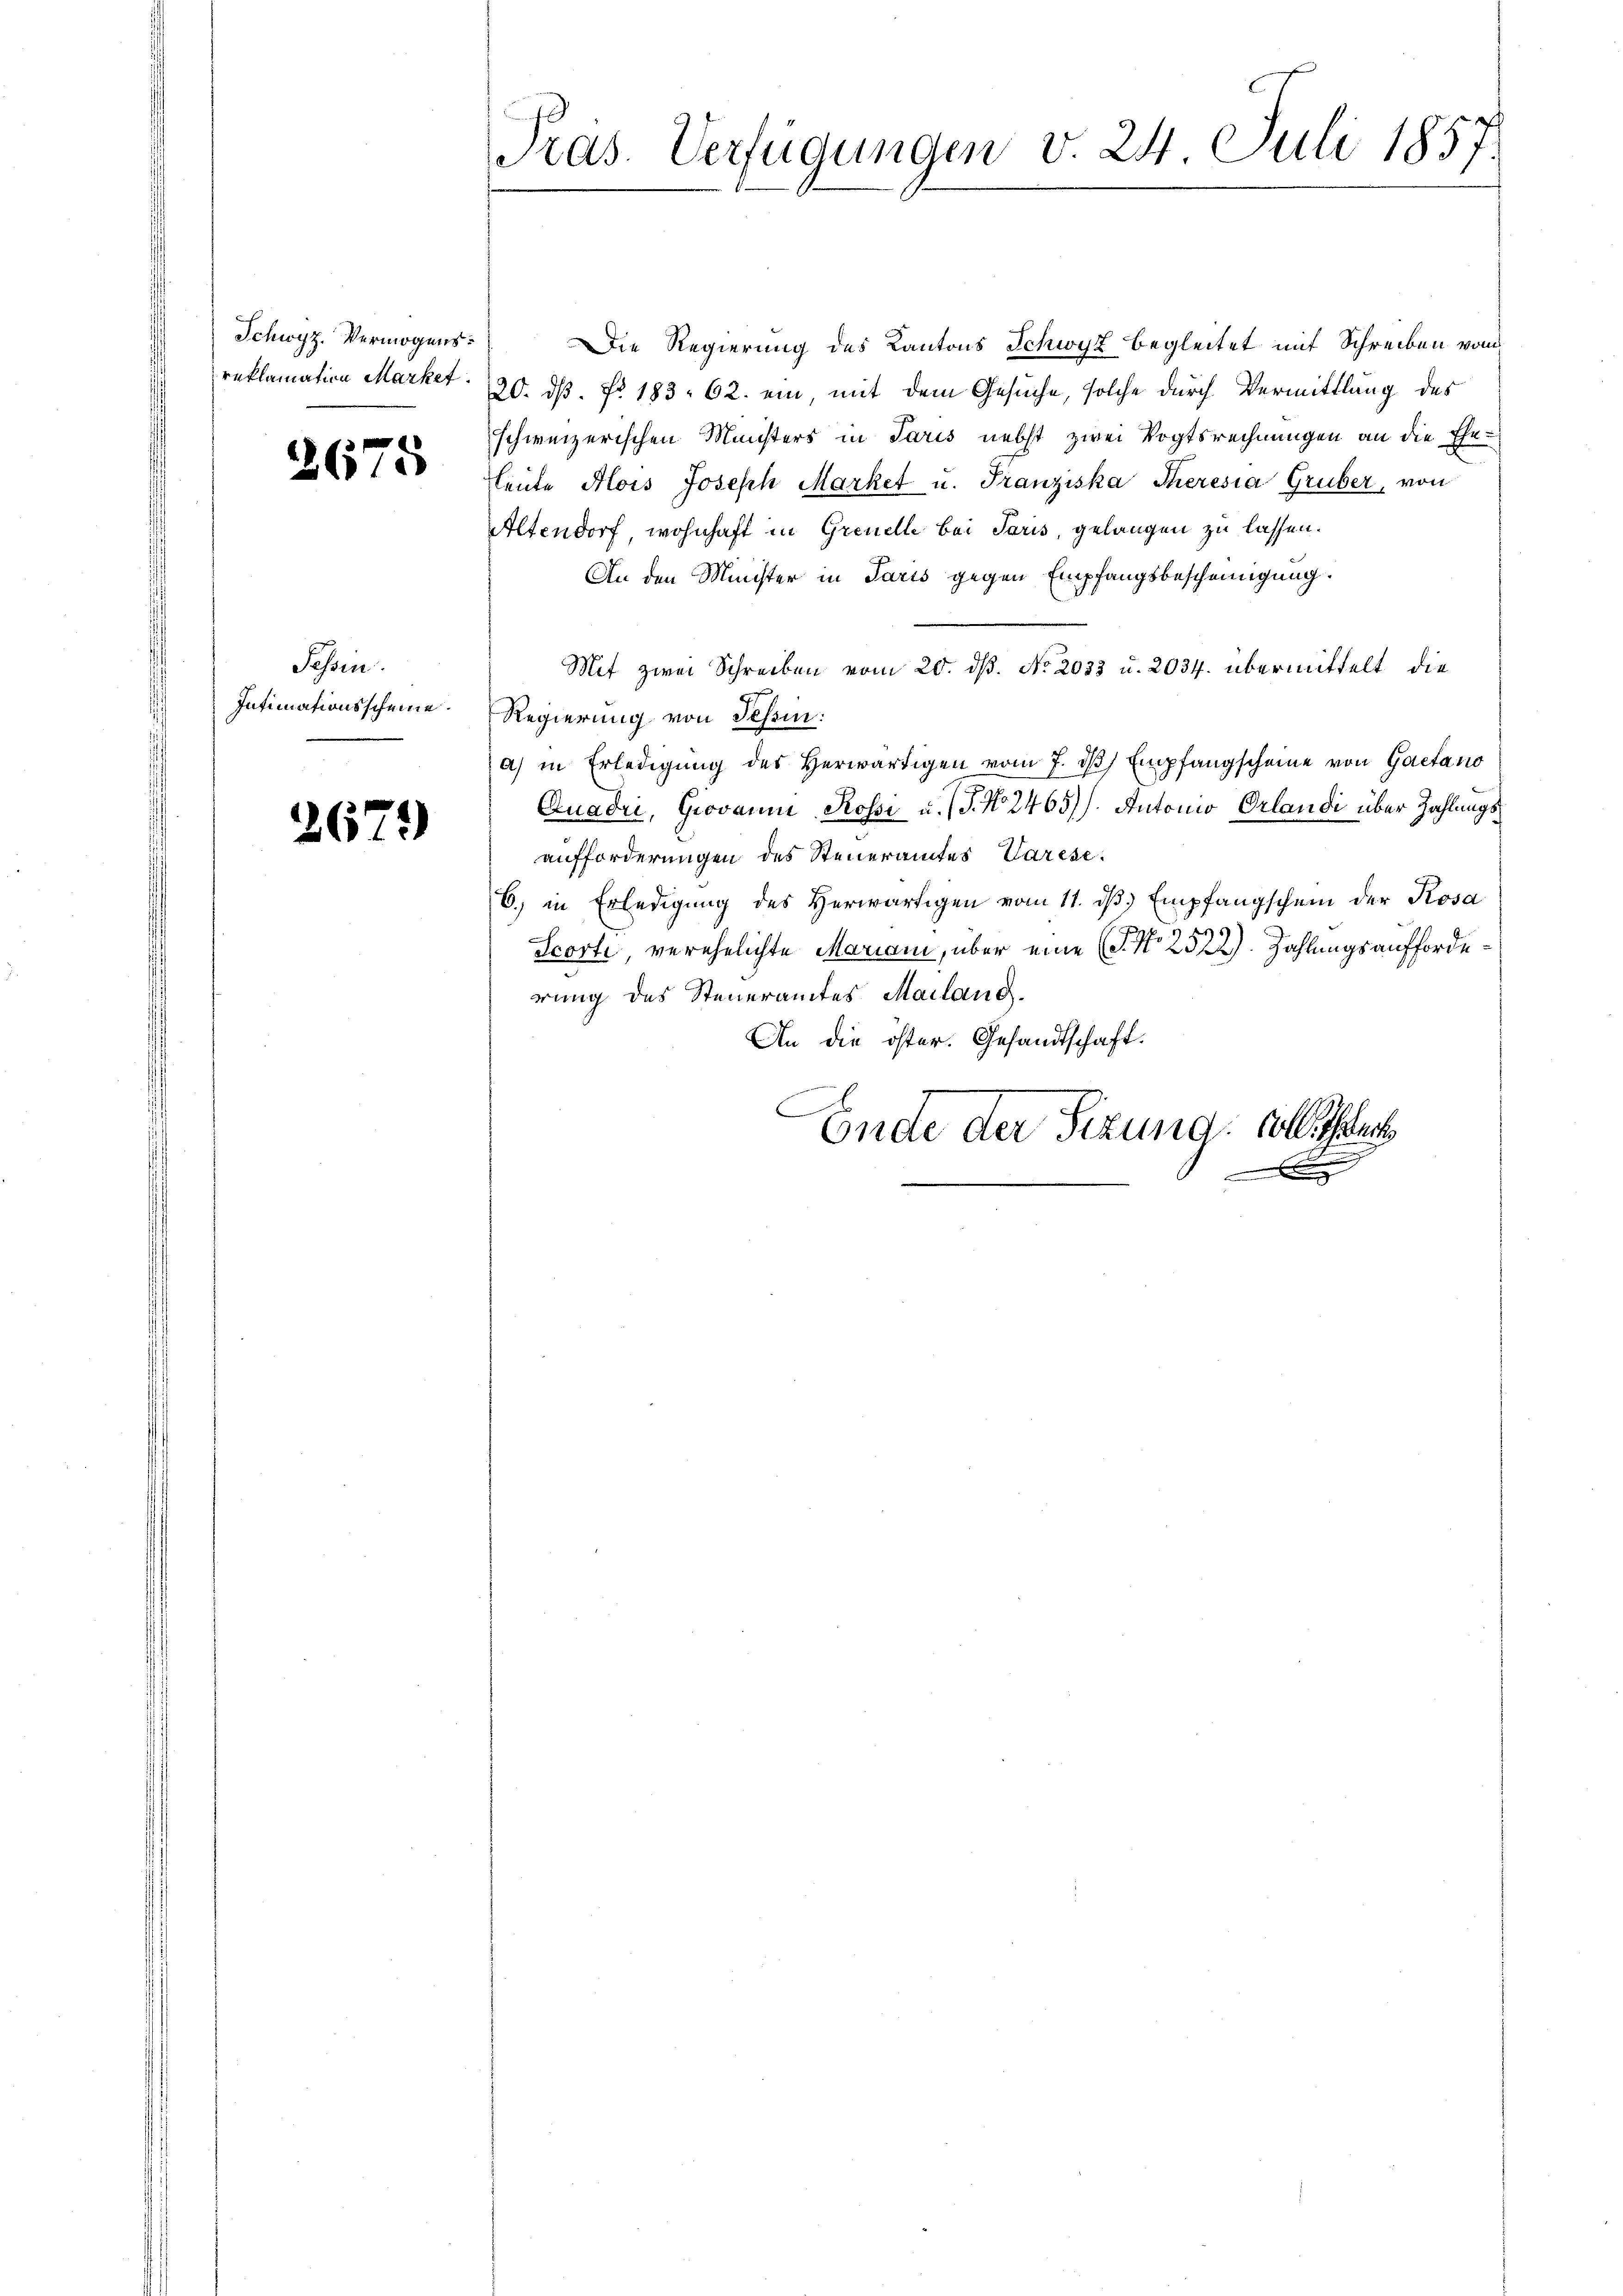
Schwyz. Vermögens.
reklamation Markef

2675

Tessin.
Intimationsscheine.

2679

Präs. Verfügungen v. 24 Juli 1857

Die Regierung des Kantons Schwyz begleitet mit Schreiben von
20. dß. No. 183. 62. ein, mit dem Gesuche, solche durch Vermittlung des
schweizerischen Ministers in Paris nebst zwei Vogtsrechnungen an die Ehe-
leŭte Alois Joseph Market u. Franziska Theresia Gruber, von
Altendorf, wohnhaft in Greuelle bei Paris, gelangen zu lassen.
An den Minister in Paris gegen Empfangsbescheinigung.
Mit zwei Schreiben vom 20. dß. No. 2033 u. 2034. übermittelt, die
Regierung von Tessin:
a) in Erledigung des Herwärtigen vom 7. dβ Empfangscheine von Gaetano
Quadri, Giovann Rosse u. S. Nr. 2465). Antonio Orlandi über Zahlungsaufforderungen des Steueramtes Varese
6. in Erledigung des Herwärtigen vom 11. dβ Empfangschein der Kosa
Scorti verehelichte Mariani, über eine (S. Nr. 2522). Zahlungsaufforderung des Steueramtes Mailand.
An die öster. Gesandtschaft.
Ende der Sizung: volle